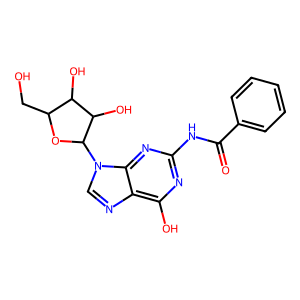
SMILES: O=C(Nc1nc(O)c2ncn(C3OC(CO)C(O)C3O)c2n1)c1ccccc1
Inhibits HIV replication: No